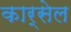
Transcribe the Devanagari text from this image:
कार्सेल